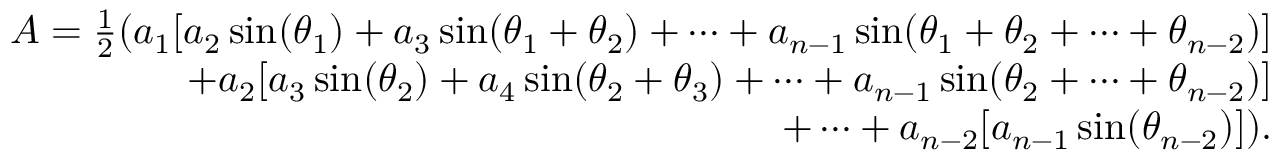
{ \begin{array} { r } { A = { \frac { 1 } { 2 } } ( a _ { 1 } [ a _ { 2 } \sin ( \theta _ { 1 } ) + a _ { 3 } \sin ( \theta _ { 1 } + \theta _ { 2 } ) + \cdots + a _ { n - 1 } \sin ( \theta _ { 1 } + \theta _ { 2 } + \cdots + \theta _ { n - 2 } ) ] } \\ { + a _ { 2 } [ a _ { 3 } \sin ( \theta _ { 2 } ) + a _ { 4 } \sin ( \theta _ { 2 } + \theta _ { 3 } ) + \cdots + a _ { n - 1 } \sin ( \theta _ { 2 } + \cdots + \theta _ { n - 2 } ) ] } \\ { + \cdots + a _ { n - 2 } [ a _ { n - 1 } \sin ( \theta _ { n - 2 } ) ] ) . } \end{array} }